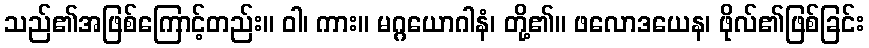
သည်၏အဖြစ်ကြောင့်တည်း။ ဝါ၊ ကား။ မဂ္ဂယောဂါနံ၊ တို့၏။ ဖလောဒယေန၊ ဖိုလ်၏ဖြစ်ခြင်း